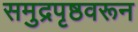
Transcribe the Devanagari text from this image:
समुद्रपृष्ठवरून